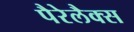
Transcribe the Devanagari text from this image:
पैरेलैक्स